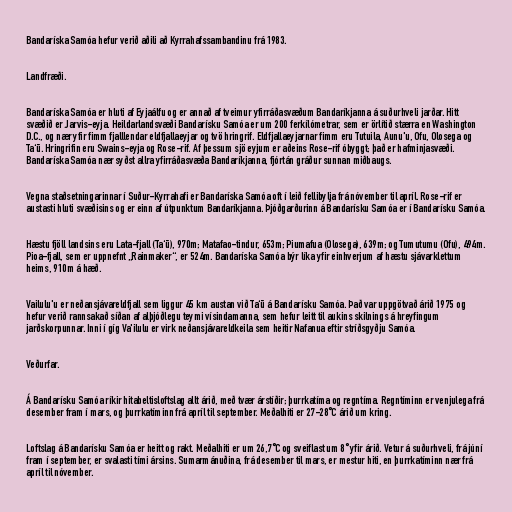
Bandaríska Samóa hefur verið aðili að Kyrrahafssambandinu frá 1983.

Landfræði.

Bandaríska Samóa er hluti af Eyjaálfu og er annað af tveimur yfirráðasvæðum Bandaríkjanna á suðurhveli jarðar. Hitt
svæðið er Jarvis-eyja. Heildarlandsvæði Bandarísku Samóa er um 200 ferkílómetrar, sem er örlítið stærra en Washington
D.C., og nær yfir fimm fjalllendar eldfjallaeyjar og tvö hringrif. Eldfjallaeyjarnar fimm eru Tutuila, Aunu'u, Ofu, Olosega og
Ta‘ū. Hringrifin eru Swains-eyja og Rose-rif. Af þessum sjö eyjum er aðeins Rose-rif óbyggt; það er hafminjasvæði.
Bandaríska Samóa nær syðst allra yfirráðasvæða Bandaríkjanna, fjórtán gráður sunnan miðbaugs.

Vegna staðsetningarinnar í Suður-Kyrrahafi er Bandaríska Samóa oft í leið fellibylja frá nóvember til apríl. Rose-rif er
austasti hluti svæðisins og er einn af útpunktum Bandaríkjanna. Þjóðgarðurinn á Bandarísku Samóa er í Bandarísku Samóa.

Hæstu fjöll landsins eru Lata-fjall (Ta‘ū), 970m; Matafao-tindur, 653m; Piumafua (Olosega), 639m; og Tumutumu (Ofu), 494m.
Pioa-fjall, sem er uppnefnt „Rainmaker“, er 524m. Bandaríska Samóa býr líka yfir einhverjum af hæstu sjávarklettum
heims, 910m á hæð.

Vailulu'u er neðansjávareldfjall sem liggur 45 km austan við Ta‘ū á Bandarísku Samóa. Það var uppgötvað árið 1975 og
hefur verið rannsakað síðan af alþjóðlegu teymi vísindamanna, sem hefur leitt til aukins skilnings á hreyfingum
jarðskorpunnar. Inni í gíg Va'ilulu er virk neðansjávareldkeila sem heitir Nafanua eftir stríðsgyðju Samóa.

Veðurfar.

Á Bandarísku Samóa ríkir hitabeltisloftslag allt árið, með tvær árstíðir; þurrkatíma og regntíma. Regntíminn er venjulega frá
desember fram í mars, og þurrkatíminn frá apríl til september. Meðalhiti er 27-28°C árið um kring.

Loftslag á Bandarísku Samóa er heitt og rakt. Meðalhiti er um 26,7°C og sveiflast um 8° yfir árið. Vetur á suðurhveli, frá júní
fram í september, er svalasti tími ársins. Sumarmánuðina, frá desember til mars, er mestur hiti, en þurrkatíminn nær frá
apríl til nóvember.